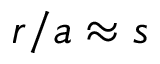
r / a \approx s